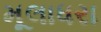
મૂલાધરા